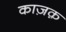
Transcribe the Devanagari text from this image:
काज़क़